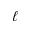
\ell